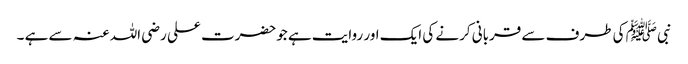
نبی ﷺ کی طرف سے قربانی کرنے کی ایک اور روایت ہے جوحضرت علی رضی اللہ عنہ سے ہے ۔